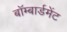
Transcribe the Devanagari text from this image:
बॉम्बार्डमेंट